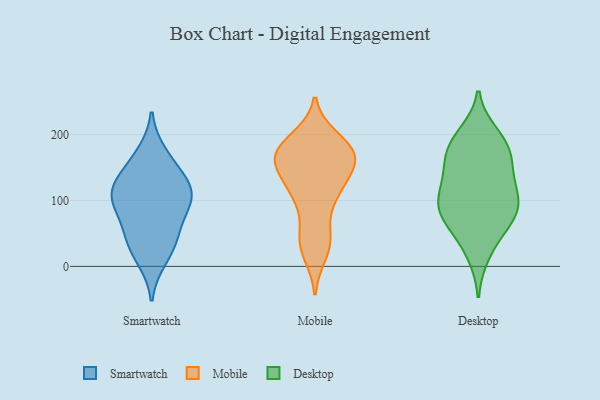
{"axis": {"x": "Humidity (%)", "y": "Value"}, "legend": ["Desktop", "Mobile", "Smartwatch"], "data": [{"x": "", "y": 152, "type": "Smartwatch"}, {"x": "", "y": 100, "type": "Smartwatch"}, {"x": "", "y": 97, "type": "Smartwatch"}, {"x": "", "y": 59, "type": "Smartwatch"}, {"x": "", "y": 94, "type": "Smartwatch"}, {"x": "", "y": 171, "type": "Smartwatch"}, {"x": "", "y": 33, "type": "Smartwatch"}, {"x": "", "y": 11, "type": "Smartwatch"}, {"x": "", "y": 124, "type": "Smartwatch"}, {"x": "", "y": 125, "type": "Smartwatch"}, {"x": "", "y": 113, "type": "Smartwatch"}, {"x": "", "y": 43, "type": "Smartwatch"}, {"x": "", "y": 41, "type": "Mobile"}, {"x": "", "y": 19, "type": "Mobile"}, {"x": "", "y": 160, "type": "Mobile"}, {"x": "", "y": 117, "type": "Mobile"}, {"x": "", "y": 162, "type": "Mobile"}, {"x": "", "y": 152, "type": "Mobile"}, {"x": "", "y": 47, "type": "Mobile"}, {"x": "", "y": 179, "type": "Mobile"}, {"x": "", "y": 195, "type": "Mobile"}, {"x": "", "y": 173, "type": "Mobile"}, {"x": "", "y": 108, "type": "Mobile"}, {"x": "", "y": 183, "type": "Mobile"}, {"x": "", "y": 107, "type": "Mobile"}, {"x": "", "y": 150, "type": "Mobile"}, {"x": "", "y": 143, "type": "Desktop"}, {"x": "", "y": 186, "type": "Desktop"}, {"x": "", "y": 82, "type": "Desktop"}, {"x": "", "y": 126, "type": "Desktop"}, {"x": "", "y": 199, "type": "Desktop"}, {"x": "", "y": 85, "type": "Desktop"}, {"x": "", "y": 48, "type": "Desktop"}, {"x": "", "y": 178, "type": "Desktop"}, {"x": "", "y": 94, "type": "Desktop"}, {"x": "", "y": 20, "type": "Desktop"}, {"x": "", "y": 153, "type": "Desktop"}, {"x": "", "y": 93, "type": "Desktop"}, {"x": "", "y": 110, "type": "Desktop"}, {"x": "", "y": 72, "type": "Desktop"}, {"x": "", "y": 178, "type": "Desktop"}]}